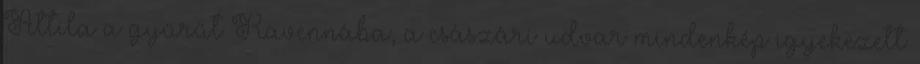
Attila a gyűrűt Ravennába, a császári udvar mindenkép igyekezett